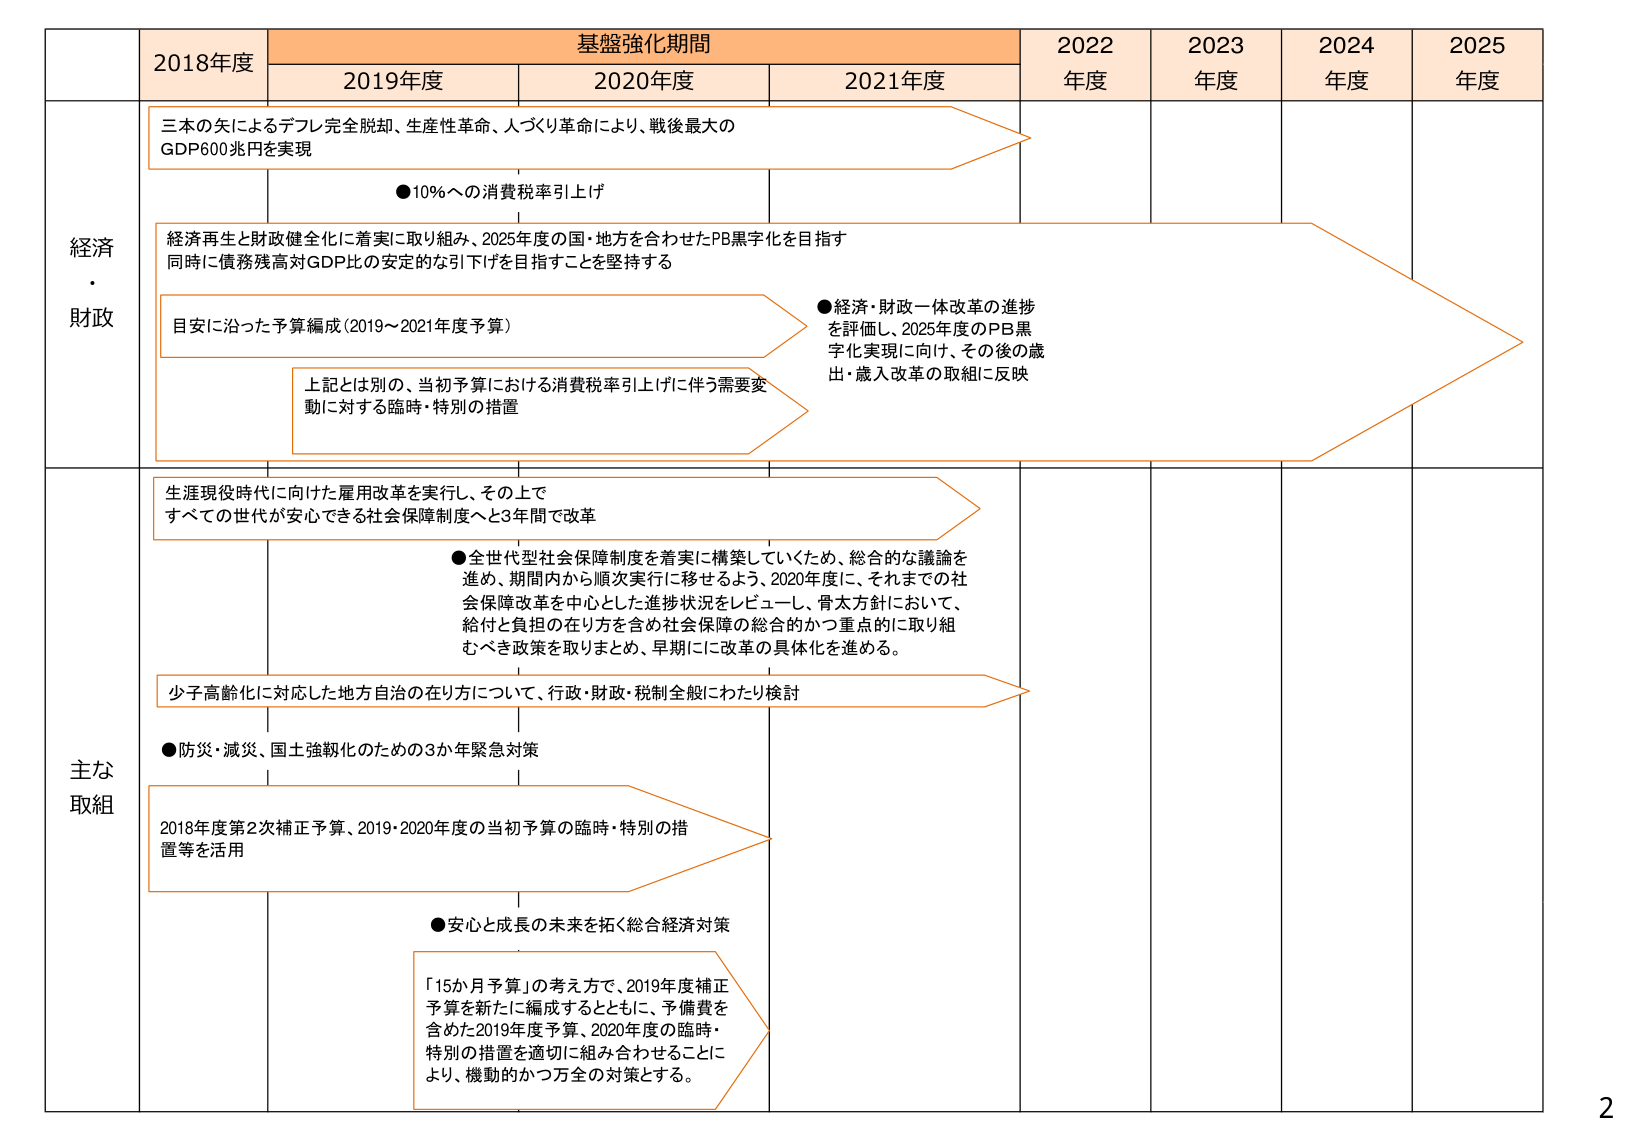
基盤強化期間
2018年度
2019年度
2020年度
2021年度
2022年度
2023年度
2024年度
2025年度

経済・財政
三本の矢によるデフレ完全脱却、生産性革命、人づくり革命により、戦後最大のGDP600兆円を実現
●10%への消費税率引上げ
経済再生と財政健全化に着実に取り組み、2025年度の国・地方を合わせたPB黒字化を目指す
同時に債務残高対GDP比の安定的な引下げを目指すことを堅持する
目安に沿った予算編成（2019～2021年度予算）
上記とは別の、当初予算における消費税率引上げに伴う需要変動に対する臨時・特別の措置
●経済・財政一体改革の進捗を評価し、2025年度のPB黒字化実現に向け、その後の歳出・歳入改革の取組に反映

主な取組
生涯現役時代に向けた雇用改革を実施し、その上ですべての世代が安心できる社会保障制度へと3年間で改革
●全世代型社会保障制度を着実に構築していくため、総合的な議論を進め、期間内から順次実行に移せるよう、2020年度に、それまでの社会保障改革を中心とした進捗状況をレビューし、骨太方針において、給付と負担の在り方を含め社会保障の総合的かつ重点的に取り組むべき政策を取りまとめ、早期に改革の具体化を進める。
少子高齢化に対応した地方自治の在り方について、行政・財政・税制全般にわたり検討
●防災・減災、国土強靭化のための3か年緊急対策
2018年度第2次補正予算、2019・2020年度の当初予算の臨時・特別の措置等を活用
●安心と成長の未来を拓く総合経済対策
「15か月予算」の考え方で、2019年度補正予算を新たに編成するとともに、予備費を含めた2019年度予算、2020年度の臨時・特別の措置を適切に組み合わせることにより、機動的かつ万全の対策とする。

2